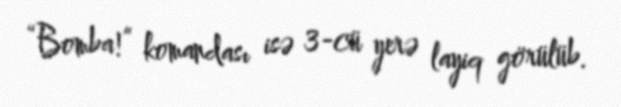
“Bomba!” komandası isə 3-cü yerə layiq görülüb.